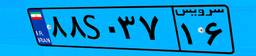
۴۱S۲۷۳۷۰